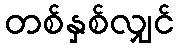
တစ်နှစ်လျှင်